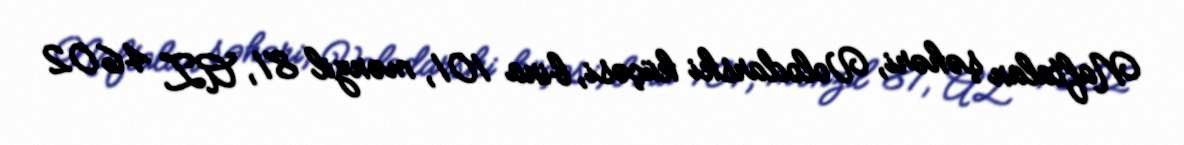
Naftalan şəhəri, Volodarski küçəsi, bina 101, mənzil 81, AZ 4602